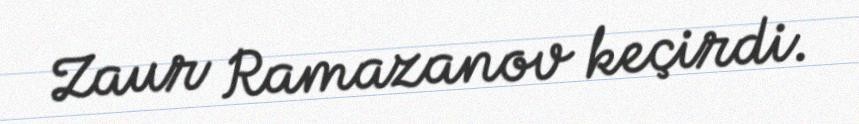
Zaur Ramazanov keçirdi.